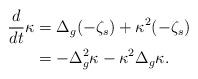
LaTeX: \begin{align*}\frac{d}{dt}\kappa & =\Delta_{g}(-\zeta_{s}) +\kappa^{2}(-\zeta_{s}) \\& = - \Delta_{g}^{2}\kappa - \kappa^{2}\Delta_{g}\kappa.\end{align*}